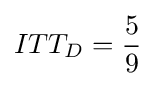
ITT_{D}={\frac {5}{9}}